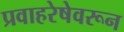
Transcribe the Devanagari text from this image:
प्रवाहरेषेवरून